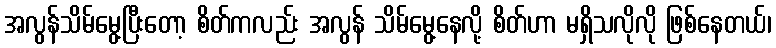
အလွန်သိမ်မွေ့ပြီးတော့ စိတ်ကလည်း အလွန် သိမ်မွေ့နေလို့ စိတ်ဟာ မရှိသလိုလို ဖြစ်နေတယ်၊